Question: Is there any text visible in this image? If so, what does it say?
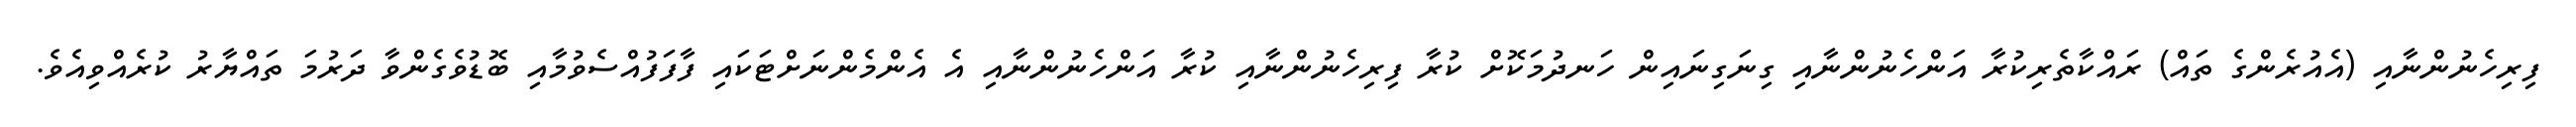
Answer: ފިރިހެނުންނާއި (އެއުރެންގެ ތައް) ރައްކާތެރިކުރާ އަންހެނުންނާއި ގިނަގިނައިން ހަނދުމަކޮށް ކުރާ ފިރިހެނުންނާއި ކުރާ އަންހެނުންނާއި އެ އެންމެންނަށްޓަކައި ފާފަފުއްސެވުމާއި ބޮޑުވެގެންވާ ދަރުމަ ތައްޔާރު ކުރެއްވިއެވެ.